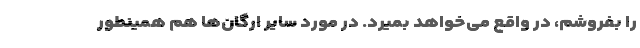
را بفروشم، در واقع می‌خواهد بمیرد. در مورد سایر ارگان‌ها هم همینطور